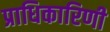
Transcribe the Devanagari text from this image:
प्राधिकारिणी